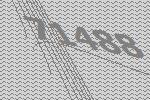
71488